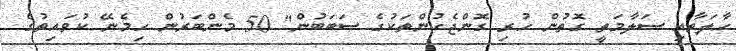
ހާލަތާއި ސަލާމަތީ ގޮތުން ހުރި ގޮންޖެހުންތަކުގެ ސަބަބުން" 50 މެންބަރުން ހިމެނޭ ކުވައިތުގެ